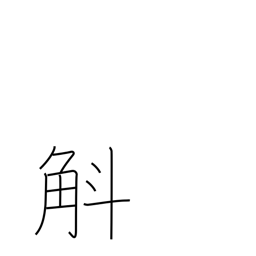
Meaning: ten to